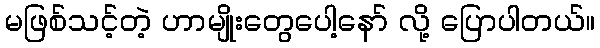
မဖြစ်သင့်တဲ့ ဟာမျိုးတွေပေါ့နော် လို့ ပြောပါတယ်။